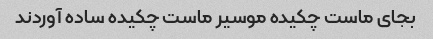
بجاى ماست چکیده موسیر ماست چکیده ساده آوردند